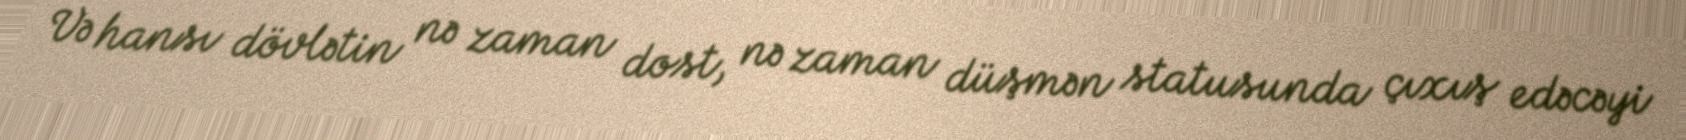
Və hansı dövlətin nə zaman dost, nə zaman düşmən statusunda çıxış edəcəyi